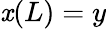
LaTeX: \mathit{x}(L)=y